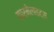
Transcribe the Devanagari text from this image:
कार्मेलाइट्स